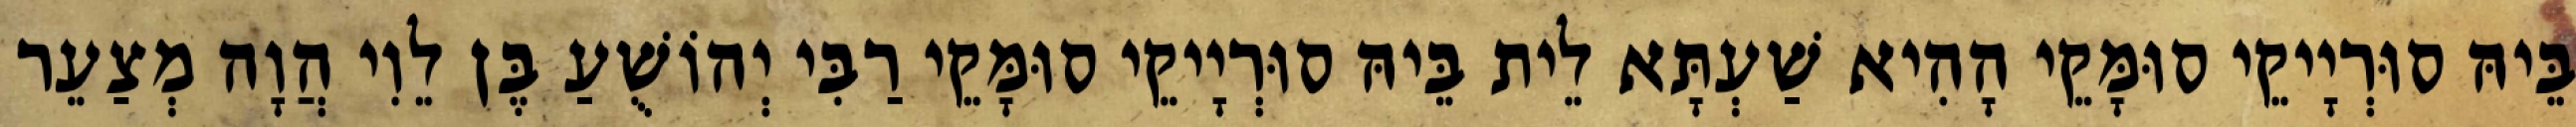
בֵּיהּ סוּרְיָיקֵי סוּמָּקֵי הָהִיא שַׁעְתָּא לֵית בֵּיהּ סוּרְיָיקֵי סוּמָּקֵי רַבִּי יְהוֹשֻׁעַ בֶּן לֵוִי הֲוָה מְצַעֵר